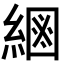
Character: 𦂮